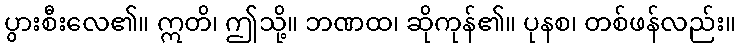
ပွားစီးလေ၏။ ဣတိ၊ ဤသို့။ ဘဏထ၊ ဆိုကုန်၏။ ပုနစ၊ တစ်ဖန်လည်း။